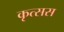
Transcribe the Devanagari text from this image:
कृत्सस